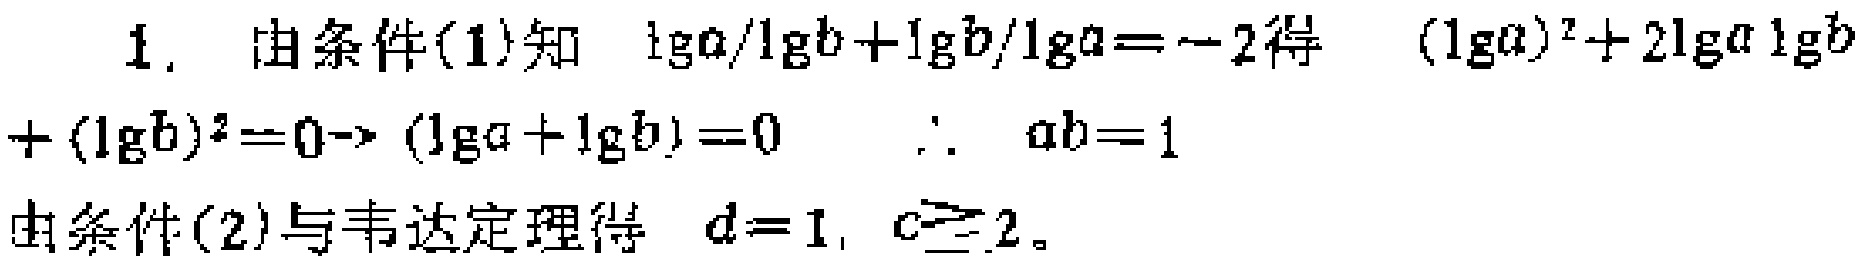
1. 由条件(1)知 $\lg a/\lg b+\lg b/\lg a = - 2$ 得 $(\lg a)^{2}+2\lg a\lg b+(\lg b)^{2}=0\rightarrow (\lg a+\lg b)=0$ $\therefore ab = 1$
由条件(2)与韦达定理得 $d = 1$, $c = 2$。